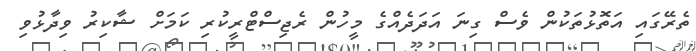
ތެރޭގައި އަތޮޅުތަކުން ވެސް ގިނަ އަދަދެއްގެ މީހުން ރެޖިސްޓްރީކުރި ކަމަށް ޝާކިރު ވިދާޅުވި